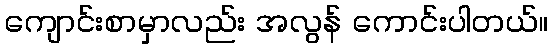
ကျောင်းစာမှာလည်း အလွန် ကောင်းပါတယ်။